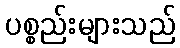
ပစ္စည်းများသည်